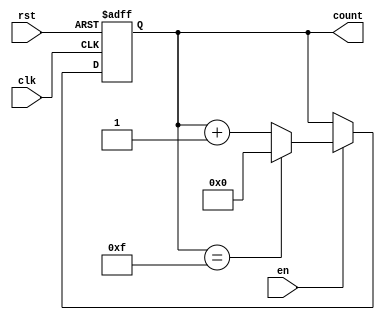
module MemoryBlocksBinaryCounter #(
    parameter INIT_VAL = 0,     // Initial value of the counter
    parameter MAX_VAL = 15       // Maximum value of the counter
)(
    input wire clk,             // Clock signal
    input wire rst,             // Asynchronous reset signal
    input wire en,              // Enable signal
    output reg [3:0] count      // 4-bit binary output for the current count
);

    // Internal memory block to store the current count value
    reg [3:0] mem_count;

    always @(posedge clk or posedge rst) begin
        if (rst) begin
            // Reset the counter to the initial value
            mem_count <= INIT_VAL;
        end else if (en) begin
            // Increment the counter if enabled
            if (mem_count == MAX_VAL) begin
                // Wrap around to the initial value if the max value is reached
                mem_count <= INIT_VAL;
            end else begin
                mem_count <= mem_count + 1;
            end
        end
    end

    // Output the current count value from the memory block
    always @(*) begin
        count = mem_count;
    end

endmodule